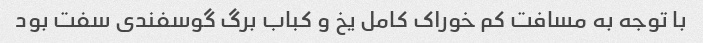
با توجه به مسافت کم خوراک کامل یخ و کباب برگ گوسفندی سفت بود